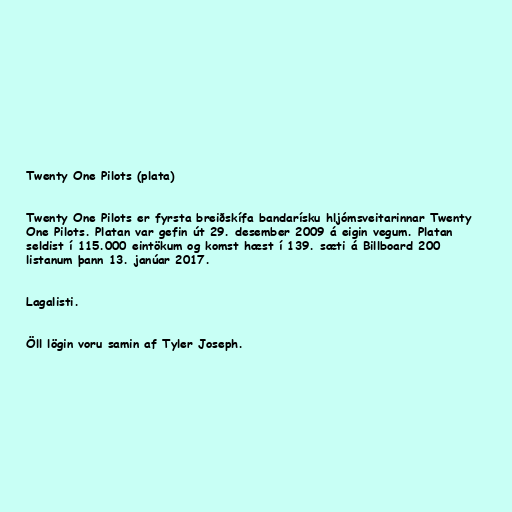
Twenty One Pilots (plata)

Twenty One Pilots er fyrsta breiðskífa bandarísku hljómsveitarinnar Twenty
One Pilots. Platan var gefin út 29. desember 2009 á eigin vegum. Platan
seldist í 115.000 eintökum og komst hæst í 139. sæti á Billboard 200
listanum þann 13. janúar 2017.

Lagalisti.

Öll lögin voru samin af Tyler Joseph.